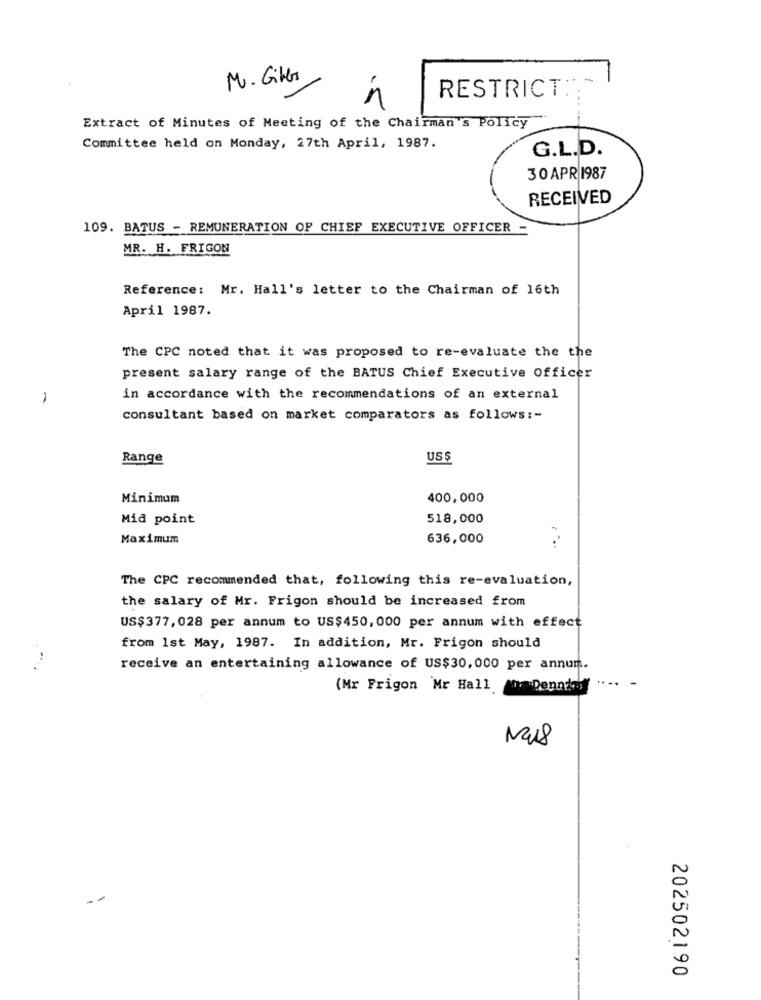
M. Gibbs
RESTRICT:
in
Extract of Minutes of Meeting of the Chairman's Policy
Committee held on Monday, 27th April, 1987.
G.L.D.
30 APR 1987
RECEIVED
109. BATUS - REMUNERATION OF CHIEF EXECUTIVE OFFICER -
MR. H. FRIGON
Reference: Mr. Hall's letter to the Chairman of 16th
April 1987.
The CPC noted that it was proposed to re-evaluate the the
present salary range of the BATUS Chief Executive Officer
1
in accordance with the recommendations of an external
consultant based on market comparators as follows :-
Range
USS
Minimum
400,000
Mid point
518,000
Maximum
636,000
...
The CPC recommended that, following this re-evaluation,
the salary of Mr. Frigon should be increased from
US$377,028 per annum to US$450,000 per annum with effect
from 1st May, 1987. In addition, Mr. Frigon should
receive an entertaining allowance of US$30,000 per annum.
(Mr Frigon Mr Hall Denn
--
202502190